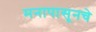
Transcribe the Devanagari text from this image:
मनापासूनचे